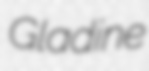
Gladine